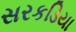
સરકડિયા